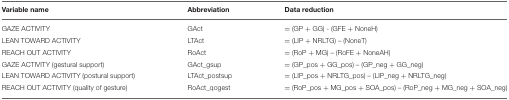
| Variable name | Abbreviation | Data reduction |
 | --- | --- | --- |
 | GAZE ACTIVITY | GAct | = (GP + GG) - (GFE + NoneH) |
 | LEAN TOWARD ACTIVITY | LTAct | = (LIP + NRLTG) – (NoneT) |
 | REACH OUT ACTIVITY | RoAct | = (RoP + MG) – (RoFE + NoneAH) |
 | GAZE ACTIVITY (gestural support) | GAct_gsup | = (GP_pos + GG_pos) – (GP_neg + GG_neg) |
 | LEAN TOWARD ACTIVITY (postural support) | LTAct_postsup | = (LIP_pos + NRLTG_pos) – (LIP_neg + NRLTG_neg) |
 | REACH OUT ACTIVITY (quality of gesture) | RoAct_qogest | = (RoP_pos + MG_pos + SOA_pos) – (RoP_neg + MG_neg + SOA_neg) |